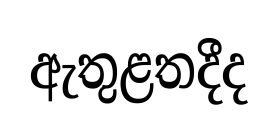
ඇතුළතදීද